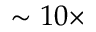
\sim 1 0 \times